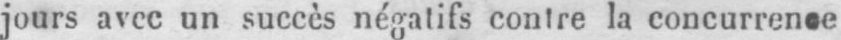
jours avec un succès négatifs contre la concurrence